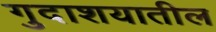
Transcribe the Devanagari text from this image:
गुदाशयातील